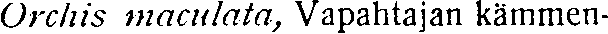
Orchis maculata, Vapahtajan kämmen-